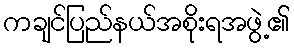
ကချင်ပြည်နယ်အစိုးရအဖွဲ့၏